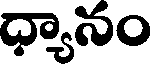
ధ్యానం